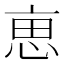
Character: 𠅤